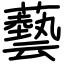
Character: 藝